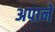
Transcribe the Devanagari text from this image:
अपाने